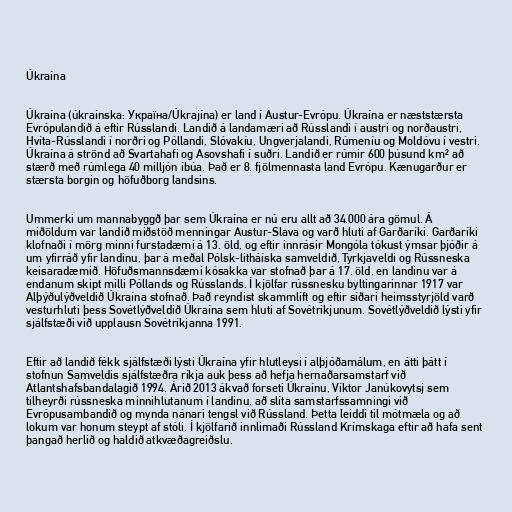
Úkraína

Úkraína (úkraínska: Україна/Úkrajína) er land í Austur-Evrópu. Úkraína er næststærsta
Evrópulandið á eftir Rússlandi. Landið á landamæri að Rússlandi í austri og norðaustri,
Hvíta-Rússlandi í norðri og Póllandi, Slóvakíu, Ungverjalandi, Rúmeníu og Moldóvu í vestri.
Úkraína á strönd að Svartahafi og Asovshafi í suðri. Landið er rúmir 600 þúsund km² að
stærð með rúmlega 40 milljón íbúa. Það er 8. fjölmennasta land Evrópu. Kænugarður er
stærsta borgin og höfuðborg landsins.

Ummerki um mannabyggð þar sem Úkraína er nú eru allt að 34.000 ára gömul. Á
miðöldum var landið miðstöð menningar Austur-Slava og varð hluti af Garðaríki. Garðaríki
klofnaði í mörg minni furstadæmi á 13. öld, og eftir innrásir Mongóla tókust ýmsar þjóðir á
um yfirráð yfir landinu, þar á meðal Pólsk-litháíska samveldið, Tyrkjaveldi og Rússneska
keisaradæmið. Höfuðsmannsdæmi kósakka var stofnað þar á 17. öld, en landinu var á
endanum skipt milli Póllands og Rússlands. Í kjölfar rússnesku byltingarinnar 1917 var
Alþýðulýðveldið Úkraína stofnað. Það reyndist skammlíft og eftir síðari heimsstyrjöld varð
vesturhluti þess Sovétlýðveldið Úkraína sem hluti af Sovétríkjunum. Sovétlýðveldið lýsti yfir
sjálfstæði við upplausn Sovétríkjanna 1991.

Eftir að landið fékk sjálfstæði lýsti Úkraína yfir hlutleysi í alþjóðamálum, en átti þátt í
stofnun Samveldis sjálfstæðra ríkja auk þess að hefja hernaðarsamstarf við
Atlantshafsbandalagið 1994. Árið 2013 ákvað forseti Úkraínu, Víktor Janúkovytsj sem
tilheyrði rússneska minnihlutanum í landinu, að slíta samstarfssamningi við
Evrópusambandið og mynda nánari tengsl við Rússland. Þetta leiddi til mótmæla og að
lokum var honum steypt af stóli. Í kjölfarið innlimaði Rússland Krímskaga eftir að hafa sent
þangað herlið og haldið atkvæðagreiðslu.